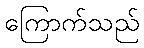
ကြောက်သည်